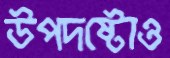
উপদষ্টোও